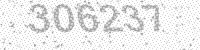
Solution: 306237